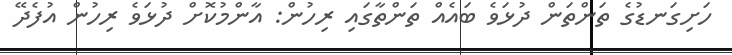
ހަށިގަނޑުގެ ތަންތަން ދުޅަވެ ބައެއް ތަންތާގައި ރިހުން: އާންމުކޮށް ދުޅަވެ ރިހުން އުފެދޭ